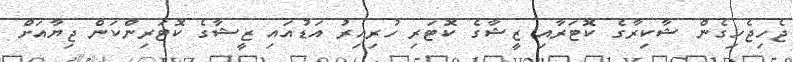
ޖެހިޖެހިގެން ޝާކިރާގެ ކޮޓަރާއި ޒީޝާގެ ކޮޓަރި ހުރިއިރު އަޑުއައި ޒީޝާގެ ކޮޓަރިންކަން ޖިޔާއަށް